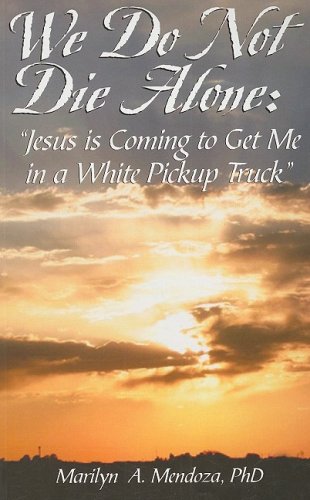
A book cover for We Do Not Die Alone: Jesus Is Coming to Get Me in a White Pickup Truck; Marilyn A. Mendoza; Medical Books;